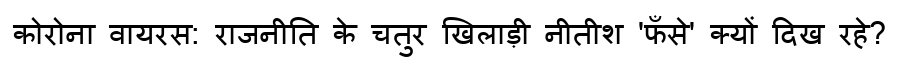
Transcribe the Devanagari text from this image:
कोरोना वायरस: राजनीति के चतुर खिलाड़ी नीतीश 'फँसे' क्यों दिख रहे?